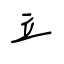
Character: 立